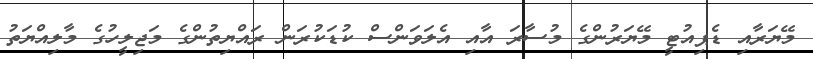
މޭޔަރާއި ޑެޕިއުޓީ މޭޔަރުންގެ މުސާރަ އާއި އެލަވަންސް ކުޑަކުރަން ރައްޔިތުންގެ މަޖިލީހުގެ މާލިއްޔަތު